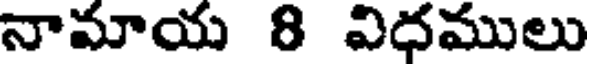
నామాయ 8 విధములు